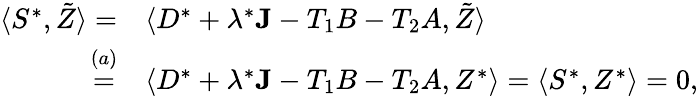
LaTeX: \begin{array}{rl}{\langle S^{*},\tilde{Z}\rangle=}&{\langle D^{*}+\lambda^{*}\mathbf{J}-T_{1}B-T_{2}A,\tilde{Z}\rangle}\\ {\overset{(a)}{=}}&{\langle D^{*}+\lambda^{*}\mathbf{J}-T_{1}B-T_{2}A,Z^{*}\rangle=\langle S^{*},Z^{*}\rangle=0,}\end{array}